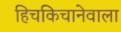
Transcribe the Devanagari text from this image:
हिचकिचानेवाला